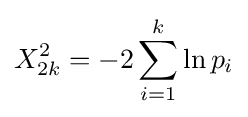
X_{2k}^{2}=-2\sum _{i=1}^{k}\ln p_{i}